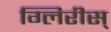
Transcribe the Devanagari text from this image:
ग्लिरीस्